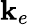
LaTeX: \mathbf{k}_{e}